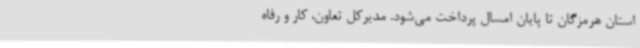
استان هرمزگان تا پایان امسال پرداخت می‌شود. مدیرکل تعاون، کار و رفاه